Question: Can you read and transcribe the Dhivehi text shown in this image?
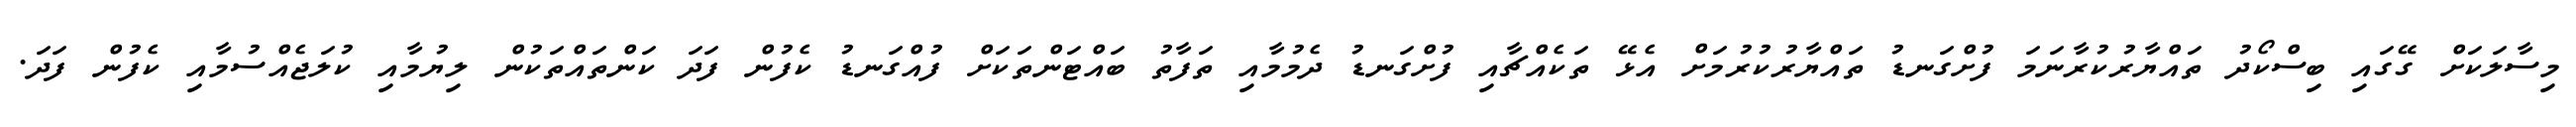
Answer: މިސާލަކަށް ގޭގައި ބިސްކޯދު ތައްޔާރުކުރާނަމަ ފުށްގަނޑު ތައްޔާރުކުރުމަށް އެޅޭ ތަކެއްޗާއި ފުށްގަނޑު ދެމުމާއި ތަފާތު ބައްޓަންތަކަށް ފުއްގަނޑު ކެފުން ފަދަ ކަންތައްތަކުން ލިޔުމާއި ކުލަޖެއްސުމާއި ކެފުން ފަދަ.